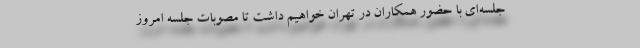
جلسه‌ای با حضور همکاران در تهران خواهیم داشت تا مصوبات جلسه امروز